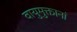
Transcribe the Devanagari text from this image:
वायुमुक्तानां